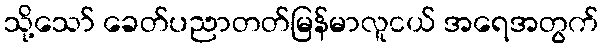
သို့သော် ခေတ်ပညာတတ်မြန်မာလူငယ် အရေအတွက်